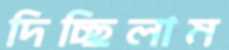
দিচ্ছিলাম